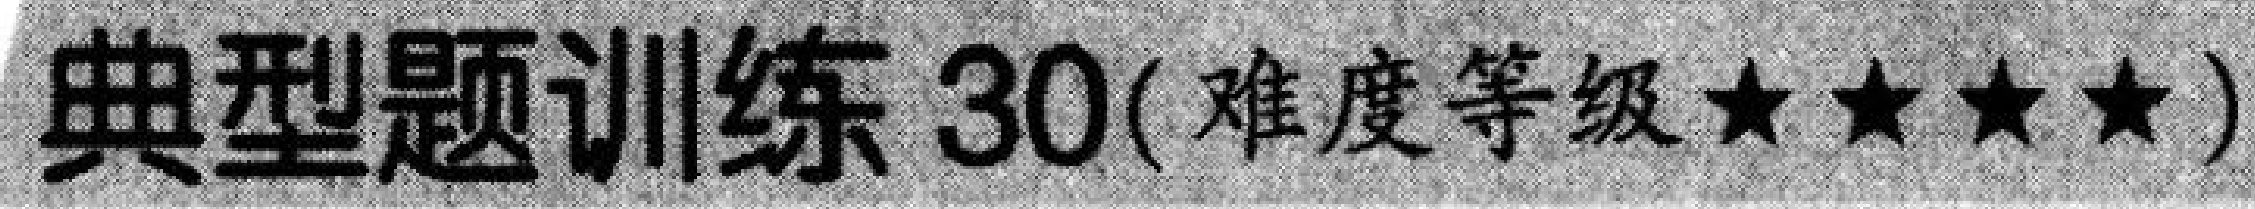
典型题训练 \(30\)( 难度等级 \(\star\star\star\star\) )